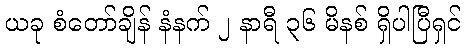
ယခု စံတော်ချိန် နံနက် ၂ နာရီ ၃၆ မိနစ် ရှိပါပြီရှင်